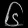
Digit: ၆